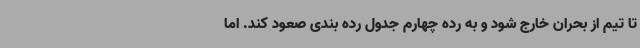
تا تیم از بحران خارج شود و به رده چهارم جدول رده بندی صعود کند. اما